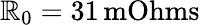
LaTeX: \mathbb{R}_{0}=31\, \mathrm{{mOhms}}